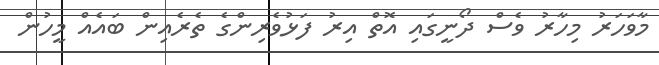
މާވަހަރު މިހާރު ވެސް ދޯނީގައި އޮތް އިރު ފަޅުވެރިންގެ ތެރެއިން ބައެއް މީހުން